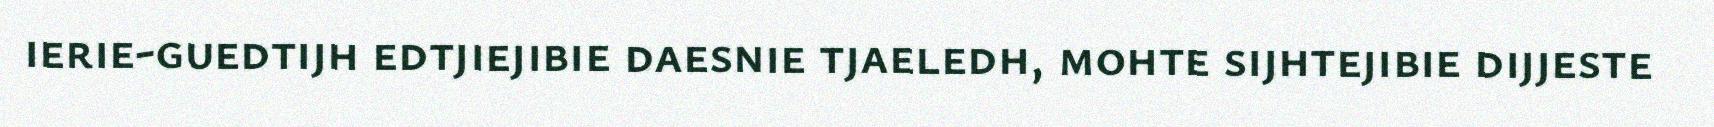
ierie-guedtijh edtjiejibie daesnie tjaeledh, mohte sijhtejibie dijjeste